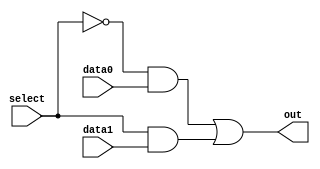
///////////////2x1 MULTIPLEXER///////////////////
module Mux_2x1(data0,data1,select,out);

	//INPUT OUTPUT DECLARATIONS
	input data0,data1,select;
	output out;
	
	wire notsel,w0,w1;
	
	//NOT GATE
	not N1(notsel,select);
	
	//AND GATES
	and A0(w0,notsel,data0);
	and A1(w1,select,data1);
	
	//FINAL OUTPUT
	or O(out,w0,w1);
	
endmodule

//////////Converter////////////////////
module BCD_Excess3(BCD,Xs);

	//Input and output
	input [3:0] BCD;
	output [3:0] Xs;
	wire w1,w2,x1,k1,k2,K;
	wire [3:0] X;
	
	//Operations
	and G1(w1,BCD[2],BCD[1]);
	and G2(w2,BCD[2],BCD[0]);
	or G3(X[3],w1,w2,BCD[3]);
	
	or G4(x1,BCD[1],BCD[0]);
	xor G5(X[2],x1,BCD[2]);
	
	xnor G6(X[1],BCD[1],BCD[0]);
	
	not G7(X[0],BCD[0]);
	
	and G8(k1,BCD[3],BCD[2]);
	and G9(k2,BCD[3],BCD[1]);
	or G10(K,k1,k2); //Will be 1 if input>9
	Mux_2x1 m0(X[0],1'bx,K,Xs[0]);
	Mux_2x1 m1(X[1],1'bx,K,Xs[1]);
	Mux_2x1 m2(X[2],1'bx,K,Xs[2]);
	Mux_2x1 m3(X[3],1'bx,K,Xs[3]);
	
endmodule